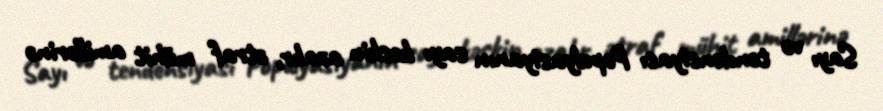
Sayı və tendensiyası Populyasiyanın sayı kəskin azalır, ətraf mühit amillərinə